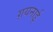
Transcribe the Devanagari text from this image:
ग़यनाई